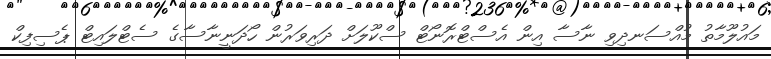
މައުލޫމާތު މުއްސަނދިވި ނާސާ އިން އެސްޓްރޮނޯޓް ސްކޫލަށް ދަރިވަރުން ހޯދަނީނާސާގެ ސެޓްލައިޓް ޕެސިފިކް